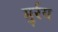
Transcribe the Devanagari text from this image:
मुर्रय